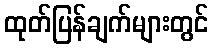
ထုတ်ပြန်ချက်များတွင်